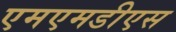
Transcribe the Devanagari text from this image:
एमएमडीएस